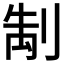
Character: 𭃭